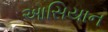
આસિયાન